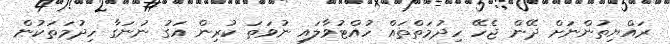
ރައްޔިތުންނަށް ދޭން ޖެހޭ ހިދުމަތްތައް ހުއްޓުވާލައި ނުވަތަ ކުރިން އަގު ނުނަގާ ހިދުމަތަކުން